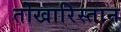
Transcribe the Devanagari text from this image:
तोखारिस्तान